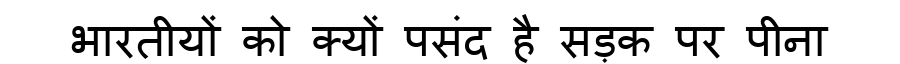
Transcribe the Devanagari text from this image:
भारतीयों को क्यों पसंद है सड़क पर पीना